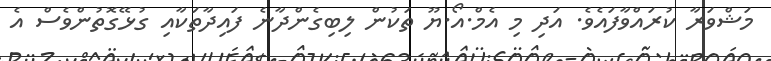
މަޝްވަރާ ކުރައްވާފައެވެ. އަދި މި އެމް.އޯ.ޔޫ ތަކުން ލިބިގެންދާނެ ފައިދާތަކާއި ގުޅޭގޮތުންވެސް އެ